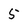
Character: 5